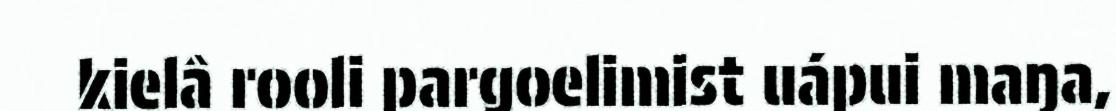
kielâ rooli pargoelimist uápui maŋa,